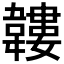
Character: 𩏝